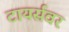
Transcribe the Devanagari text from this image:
टायर्सवर